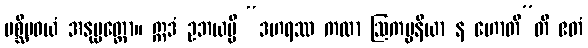
ပစ္ဆိမဝယံ အနုပ္ပတ္တော။ ဣဒံ ဥဘယမ္ပိ “ဒဟရဿ ကထာ ဩကပ္ပနီယာ န ဟောတီ”တိ ဧတံ